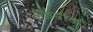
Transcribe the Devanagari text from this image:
त्कनीक